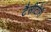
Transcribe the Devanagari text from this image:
टैसीटोरी